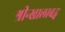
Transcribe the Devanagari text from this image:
श्रीन्खालाबद्ध